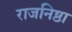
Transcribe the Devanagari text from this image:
राजनिष्ठा